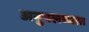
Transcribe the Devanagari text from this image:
अनुपलब्‍धता